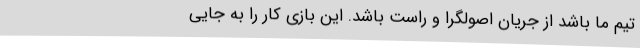
تیم ما باشد از جریان اصولگرا و راست باشد. این بازی کار را به جایی